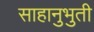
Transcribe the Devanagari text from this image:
साहानुभुती